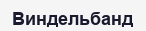
Виндельбанд